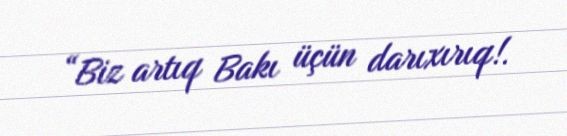
“Biz artıq Bakı üçün darıxırıq!.